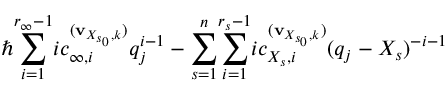
\hbar \underset { i = 1 } { \overset { r _ { \infty } - 1 } { \sum } } i c _ { \infty , i } ^ { ( \mathbf { v } _ { X _ { s _ { 0 } } , k } ) } q _ { j } ^ { i - 1 } - \underset { s = 1 } { \overset { n } { \sum } } \underset { i = 1 } { \overset { r _ { s } - 1 } { \sum } } i c _ { { X _ { s } } , i } ^ { ( \mathbf { v } _ { X _ { s _ { 0 } } , k } ) } ( q _ { j } - X _ { s } ) ^ { - i - 1 }